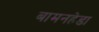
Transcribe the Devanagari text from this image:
बामनहेडा